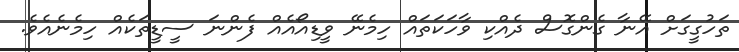
ތަހުގީގަށް އޭނާ ގެންގޮސް ދެއްކި ވާހަކަތައް ހިމެނޭ ވީޑިއޯއެއް ފެންނަ ސީޑީތަކެއް ހިމެނެއެވެ.